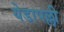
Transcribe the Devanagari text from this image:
येडापल्ली